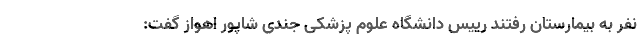
نفر به بیمارستان رفتند رییس دانشگاه علوم پزشکی جندی شاپور اهواز گفت: